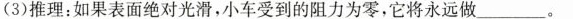
(3)推理：如果表面绝对光滑，小车受到的阻力为零，它将永远做___。